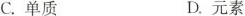
C.单质 D.元素